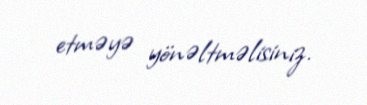
etməyə yönəltməlisiniz.